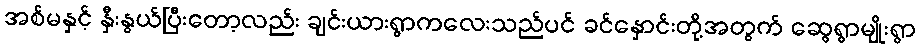
အစ်မနှင့် နှီးနွယ်ပြီးတော့လည်း ချင်းယားရွာကလေးသည်ပင် ခင်နှောင်းတို့အတွက် ဆွေရွာမျိုးရွာ